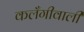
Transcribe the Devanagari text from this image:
कलँगीवाली